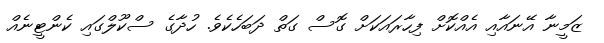
ޒަމީނާ އޭނައާއި އެއްކޮށް ފިހާރައަކަށް ގޮސް ގަތް ދަބަހެކެވެ. ހުދާގެ ސްކޫލްގައި ކެންޓީނެއް